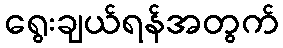
ရွေးချယ်ရန်အတွက်